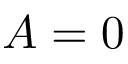
A = 0